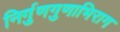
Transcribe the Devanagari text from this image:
निर्गुणगुणाभिराग